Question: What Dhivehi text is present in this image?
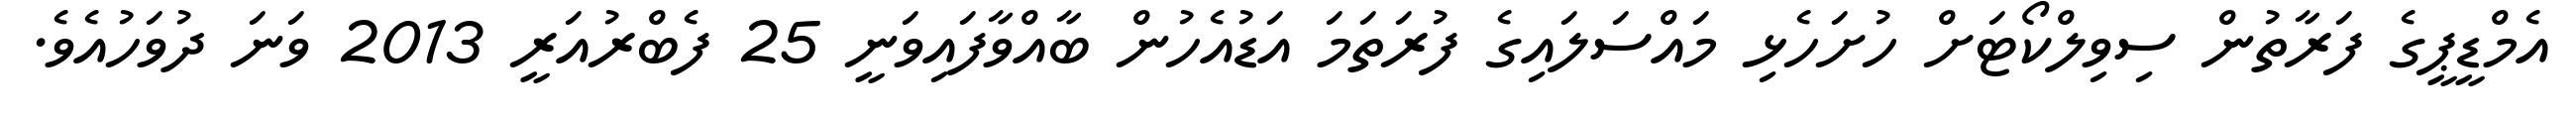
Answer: އެމްޑީޕީގެ ފަރާތުން ސިވިލްކޯޓަށް ހުށަހެޅި މައްސަލައިގެ ފުރަތަމަ އަޑުއެހުން ބާއްވާފައިވަނީ 25 ފެބްރުއަރީ 2013 ވަނަ ދުވަހުއެވެ.